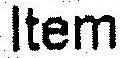
ITEM